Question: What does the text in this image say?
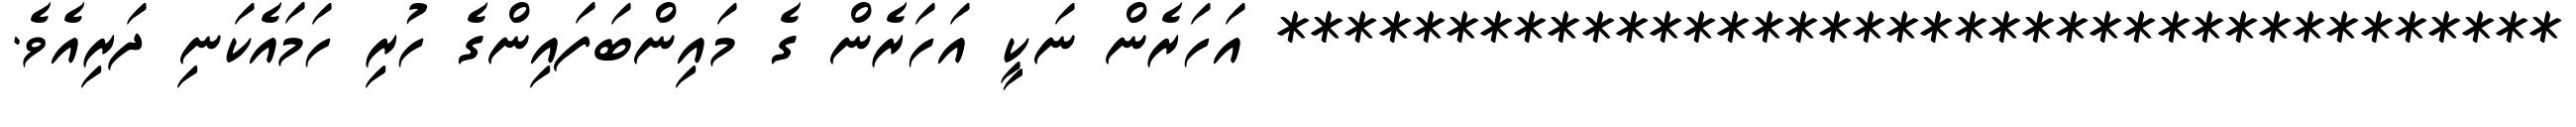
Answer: ************************************** އަހަރެން ނަކީ އަހަރެން ގެ މައިންބަފައިންގެ ހުރި ހަމައެކަނި ދަރިއެވެ.